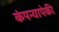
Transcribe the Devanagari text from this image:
कंपन्यापेकी